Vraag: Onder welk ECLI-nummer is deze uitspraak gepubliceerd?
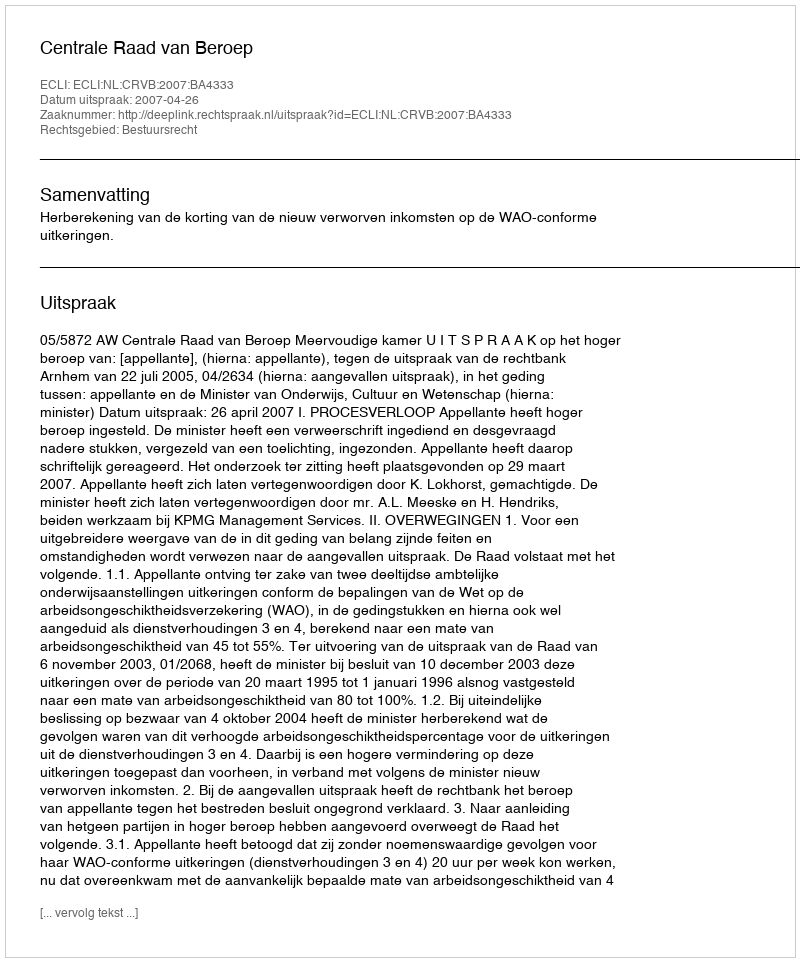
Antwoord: ECLI:NL:CRVB:2007:BA4333